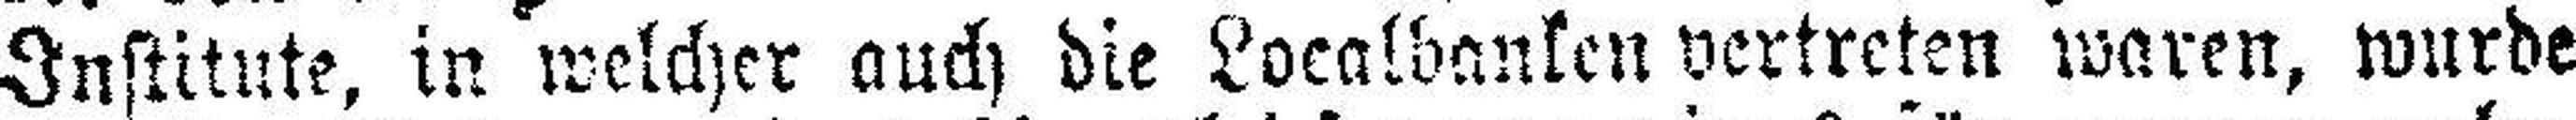
Institute, in welcher auch die Localbanken vertreten waren, wurde